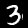
Label: 3